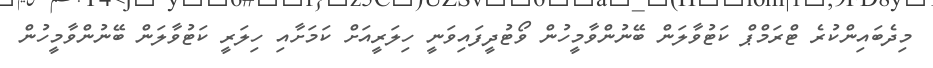
މިދެބައިންކުރެ ޓްރަމްޕް ކަޓުވާލަން ބޭނުންވާމީހުން ވޯޓުދީފައިވަނީ ހިލަރީއަށް ކަމަށާއި ހިލަރީ ކަޓުވާލަން ބޭނުންވާމީހުން